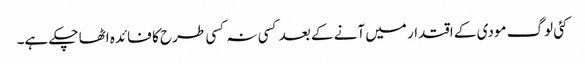
کئی لوگ مودی کے اقتدار میں آنے کے بعد کسی نہ کسی طرح کا فائدہ اٹھا چکے ہے۔